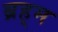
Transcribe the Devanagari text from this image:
ब्रह्‌म